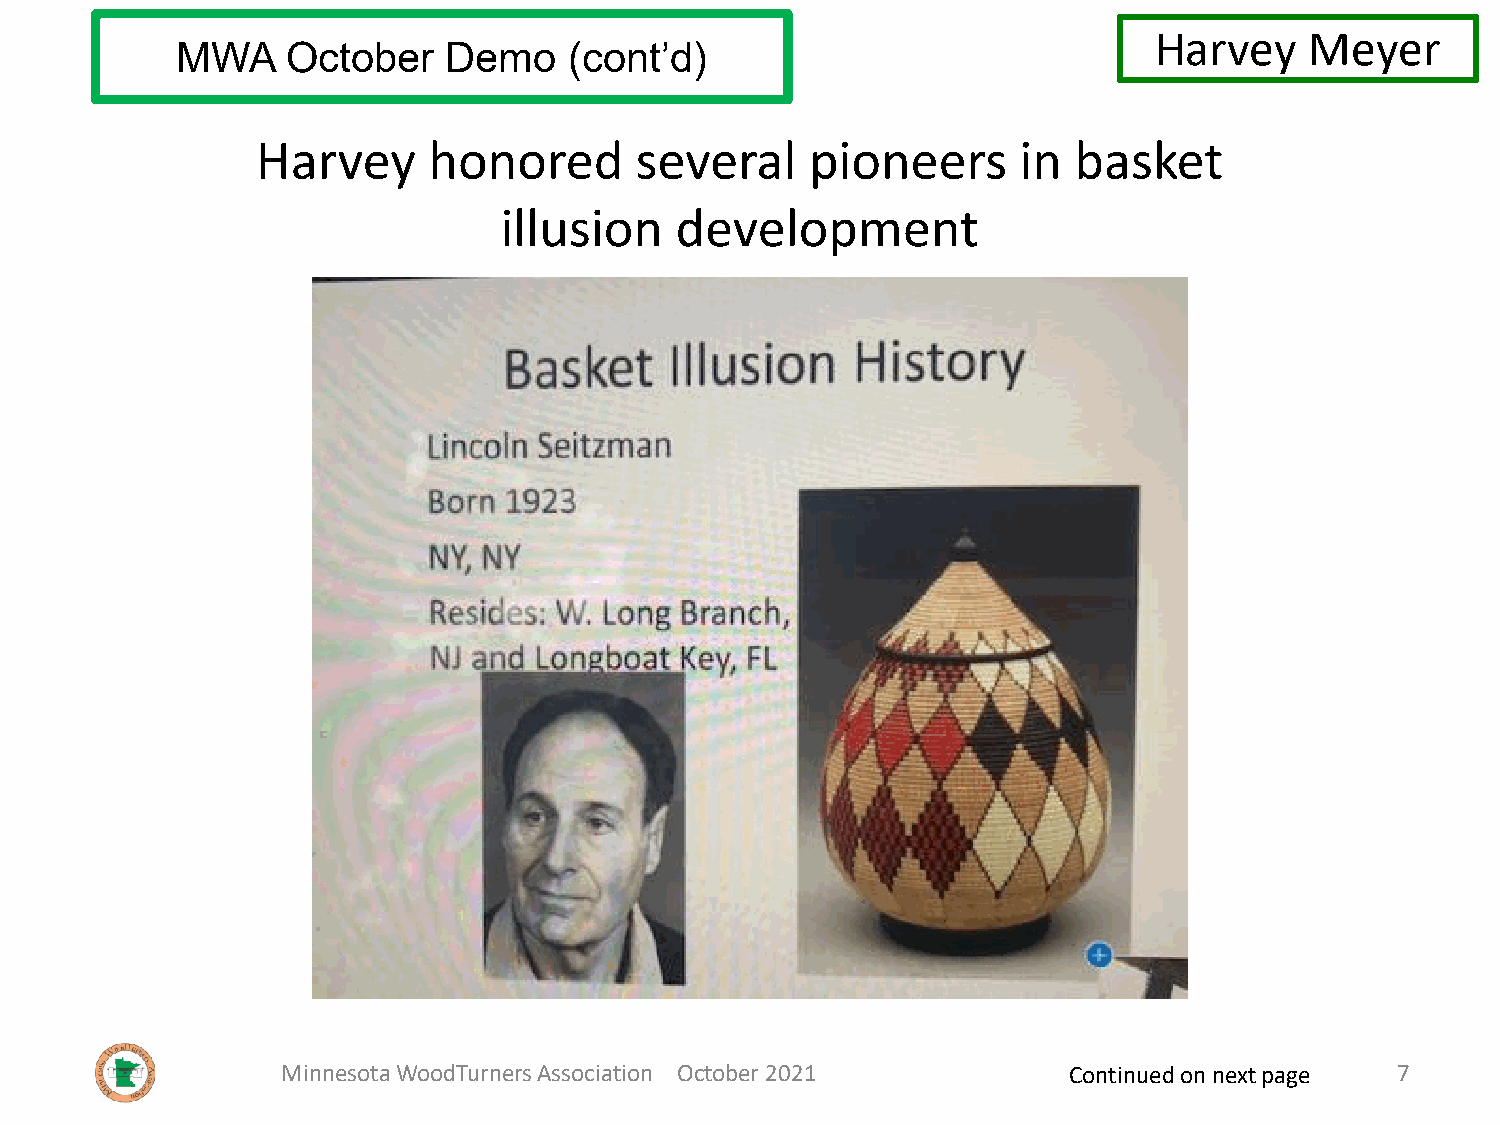
Harvey     Meyer
 MWA    October   Demo     (cont’d)
 Harvey     honored       several     pioneers     in  basket
 illusion    development
 Minnesota WoodTurners Association October 2021      Continued on next page 7